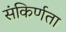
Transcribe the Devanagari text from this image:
संकिर्णता